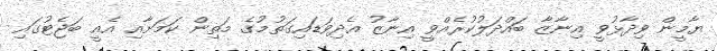
ޔާމީން ވިދާޅުވީ އިނާޒާ ބައްދަލުކުރެއްވީ އިނާޒު އެދިވަޑައިގަތުމުގެ މަތިން ކަމަށާއި އެއީ ބަޖެޓުގައި